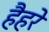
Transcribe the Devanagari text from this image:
हैहरे